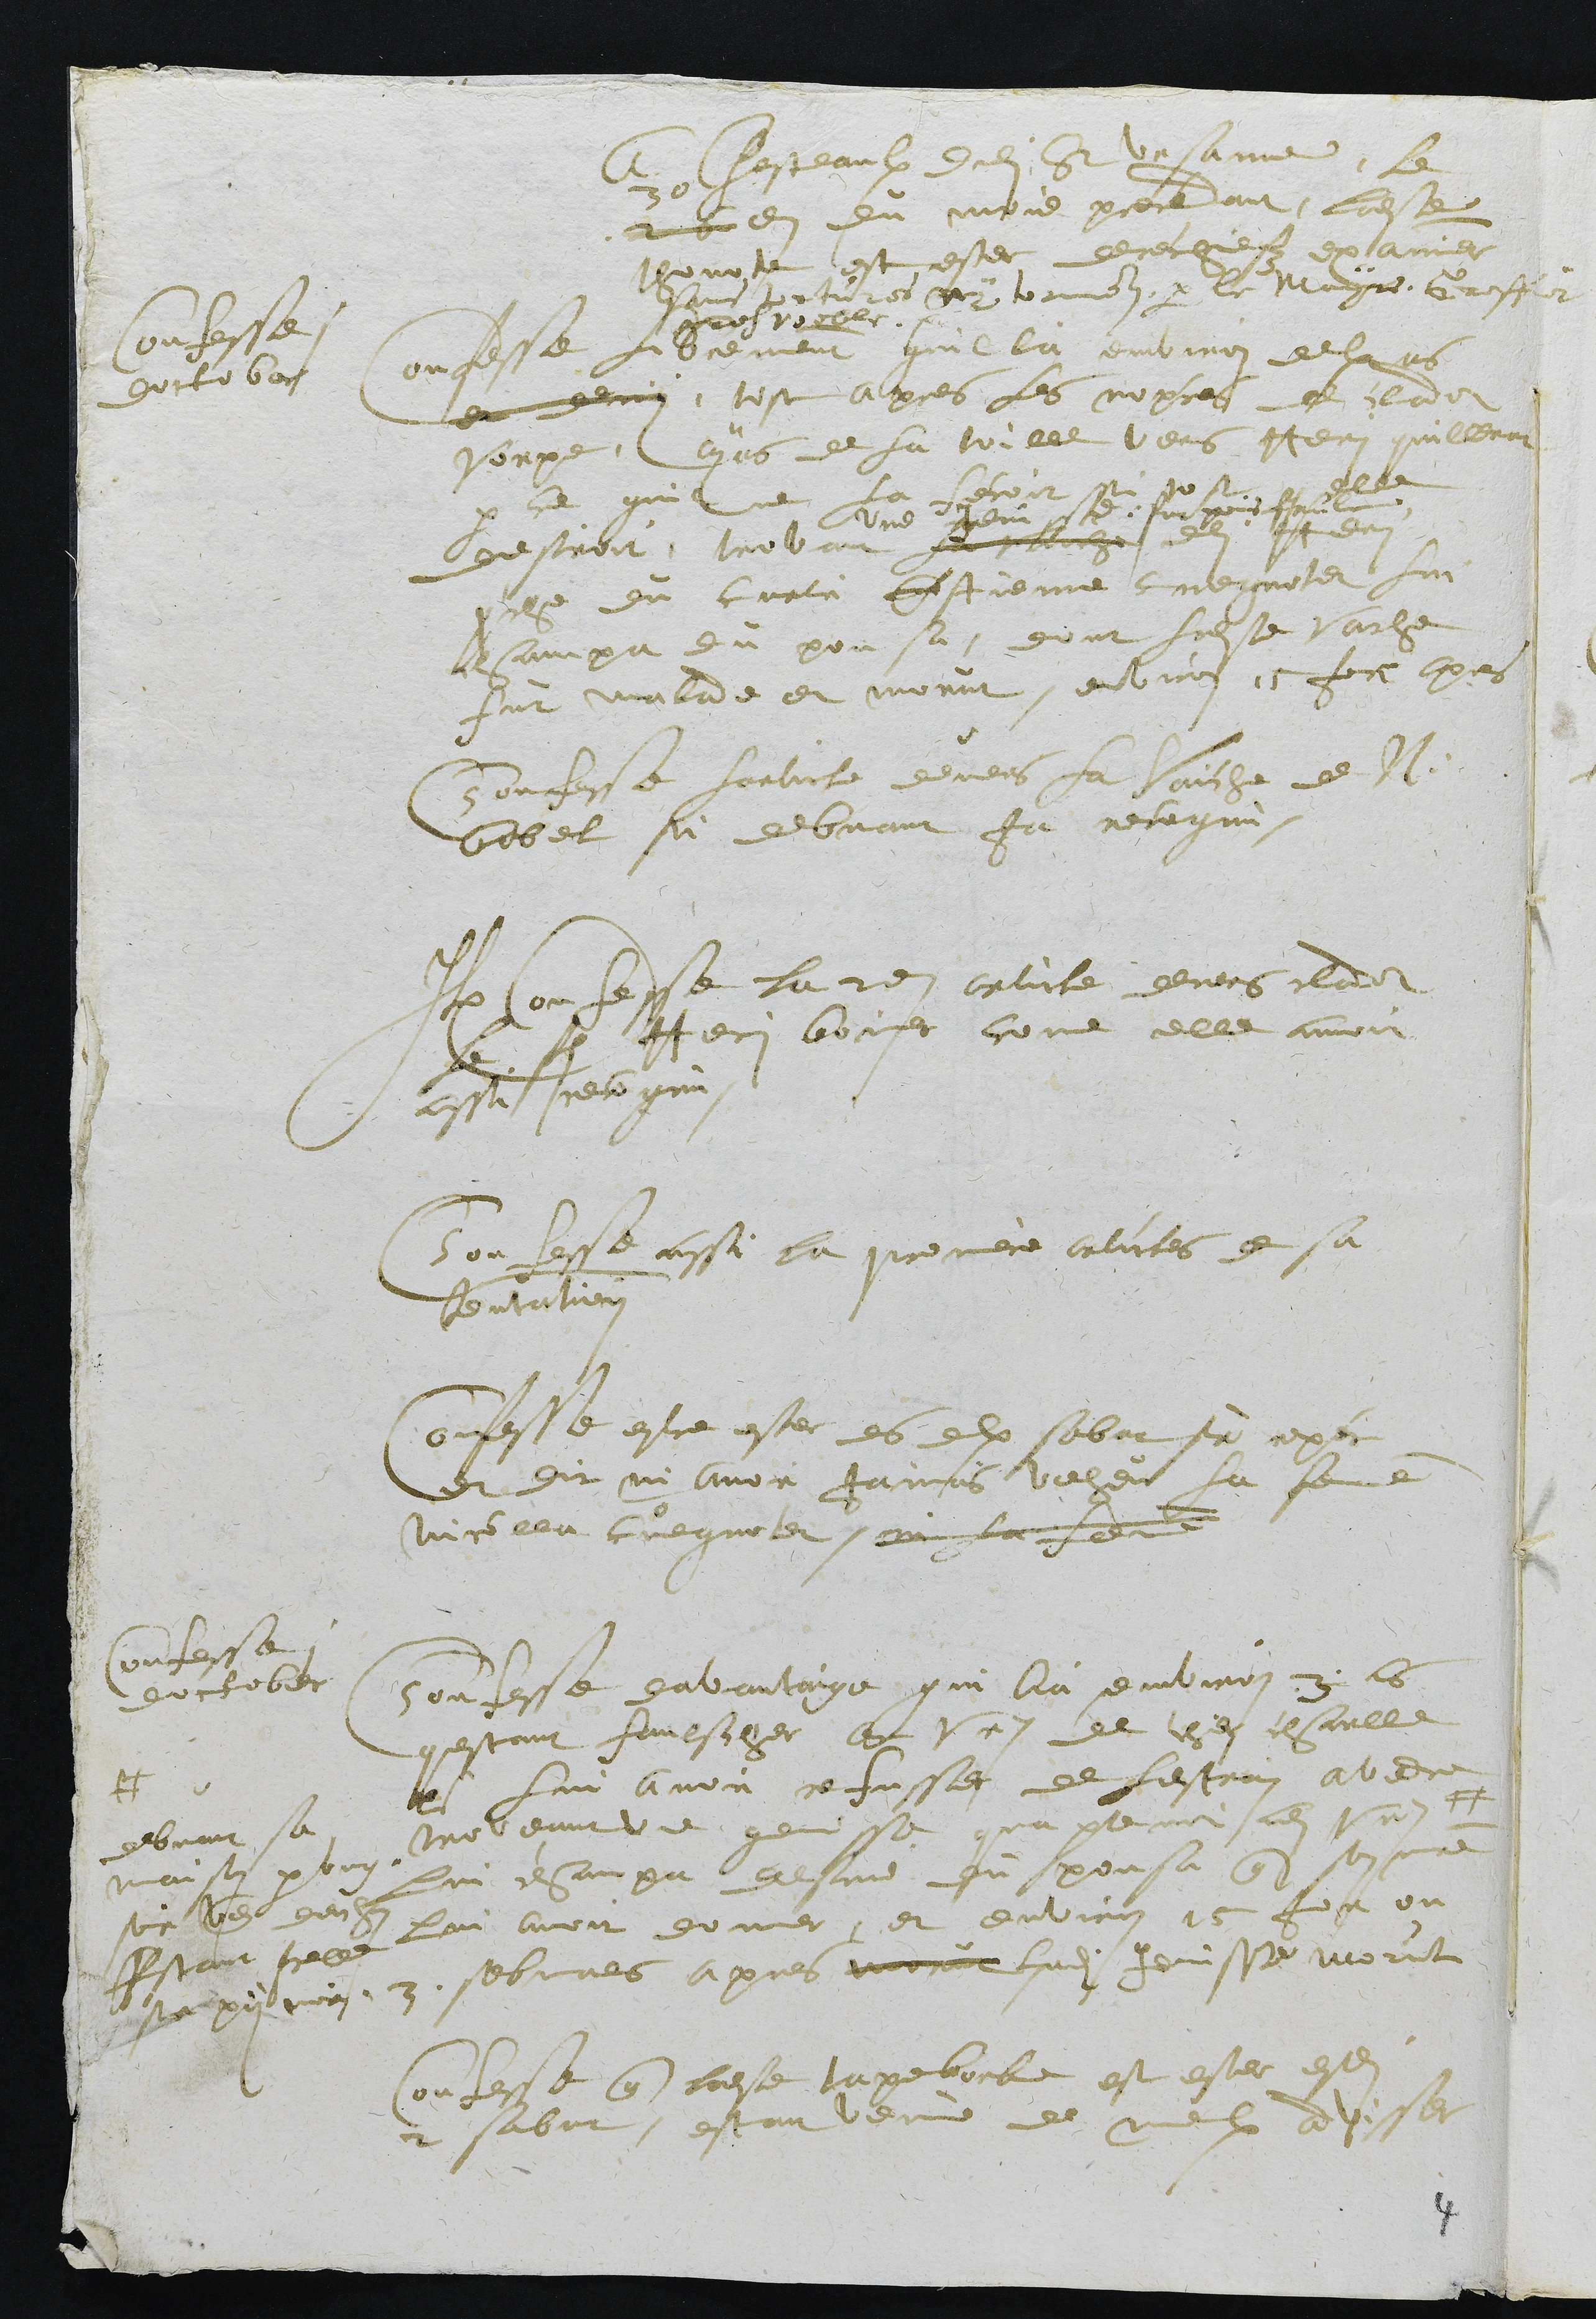
Confesse i
doctober
A Chasteaulx dudit St Ursanne, le
26
30
e du mois precedant, ladite
thonote est ester derechieffz examiner
sans torture ny tormentz par le Mayre Greffier
gros voeble.
Confesse librement quil lia environ deulx ans
et demy tost apres les nopces de cladot
Vorpe, ayans de la toille vers Henri quilleret
par ce quil ne la fecoit si tost que elle
desiroit, trovant la vache
une Jenisse sur pois faule
dudit Henri
proche du curti Estienne cuegnotet lui
champa du pousa, dont ladite vache
fut malade et morut, environ 15 jours apres
Confesse Larticle devers la vaiche de N:
bobel si debvant ja recognu.
Item confesse le 2e article devers cladot
le fils Henri boiner come elle avoit
aussi recongnu
Confesse aussi les premiers articles de sa
tentation
Confesse estre ester es deulx sabat sur repec
et dit ni avoir jaimais veheu la femme
Nicolla cuegnotet ni la femme
Confesse i
doctober
Confesse davantaige qui lia environ 3 ans
questant faulscher avec Urs de chez charlle
pour lui avoir refusser de lestrain avenne
troveant une genisse quapartenoi audit Urs#
debvant sa
maison par ung
soir venant denhan
Estant Icelle
sa xii prois
lui champa dessus du pousa que son maitre
lui avoit donner et environ 15 jour ou
3. sebmaines apres morut ladite Jenisse morut
Confesse que ladite tapeborbe est ester esdits
2 sabat, estant venue de mieulx advisser

4